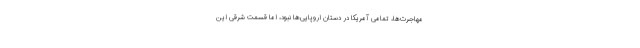
مهاجرت‌ها، تمامی آمریکا در دستان اروپایی‌ها نبود، اما قسمت شرقی این